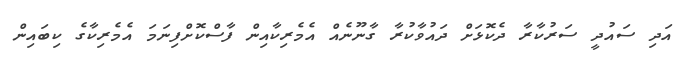
އަދި ސައުދީ ސަރުކާރާ ދެކޮޅަށް ދައުވާކުރާ ގާނޫނެއް އެމެރިކާއިން ފާސްކޮށްފިނަމަ އެމެރިކާގެ ކިބައިން